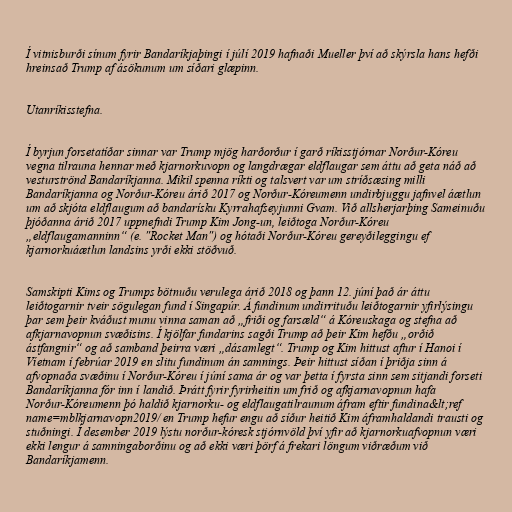
Í vitnisburði sínum fyrir Bandaríkjaþingi í júlí 2019 hafnaði Mueller því að skýrsla hans hefði
hreinsað Trump af ásökunum um síðari glæpinn.

Utanríkisstefna.

Í byrjun forsetatíðar sinnar var Trump mjög harðorður í garð ríkisstjórnar Norður-Kóreu
vegna tilrauna hennar með kjarnorkuvopn og langdrægar eldflaugar sem áttu að geta náð að
vesturströnd Bandaríkjanna. Mikil spenna ríkti og talsvert var um stríðsæsing milli
Bandaríkjanna og Norður-Kóreu árið 2017 og Norður-Kóreumenn undirbjuggu jafnvel áætlun
um að skjóta eldflaugum að bandarísku Kyrrahafseyjunni Gvam. Við allsherjarþing Sameinuðu
þjóðanna árið 2017 uppnefndi Trump Kim Jong-un, leiðtoga Norður-Kóreu
„eldflaugamanninn“ (e. "Rocket Man") og hótaði Norður-Kóreu gereyðileggingu ef
kjarnorkuáætlun landsins yrði ekki stöðvuð.

Samskipti Kims og Trumps bötnuðu verulega árið 2018 og þann 12. júní það ár áttu
leiðtogarnir tveir sögulegan fund í Singapúr. Á fundinum undirrituðu leiðtogarnir yfirlýsingu
þar sem þeir kváðust munu vinna saman að „friði og farsæld“ á Kóreuskaga og stefna að
afkjarnavopnun svæðisins. Í kjölfar fundarins sagði Trump að þeir Kim hefðu „orðið
ástfangnir“ og að samband þeirra væri „dásamlegt“. Trump og Kim hittust aftur í Hanoi í
Víetnam í febrúar 2019 en slitu fundinum án samnings. Þeir hittust síðan í þriðja sinn á
afvopnaða svæðinu í Norður-Kóreu í júní sama ár og var þetta í fyrsta sinn sem sitjandi forseti
Bandaríkjanna fór inn í landið. Þrátt fyrir fyrirheitin um frið og afkjarnavopnun hafa
Norður-Kóreumenn þó haldið kjarnorku- og eldflaugatilraunum áfram eftir fundina&lt;ref
name=mblkjarnavopn2019/ en Trump hefur engu að síður heitið Kim áframhaldandi trausti og
stuðningi. Í desember 2019 lýstu norður-kóresk stjórnvöld því yfir að kjarnorkuafvopnun væri
ekki lengur á samningaborðinu og að ekki væri þörf á frekari löngum viðræðum við
Bandaríkjamenn.